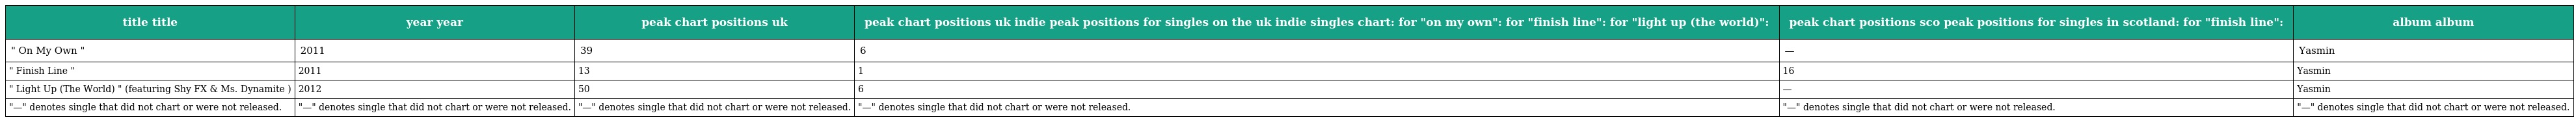
| title title | year year | peak chart positions uk | peak chart positions uk indie peak positions for singles on the uk indie singles chart: for "on my own": for "finish line": for "light up (the world)": | peak chart positions sco peak positions for singles in scotland: for "finish line": | album album |
 | --- | --- | --- | --- | --- | --- |
 | " On My Own " | 2011 | 39 | 6 | — | Yasmin |
 | " Finish Line " | 2011 | 13 | 1 | 16 | Yasmin |
 | " Light Up (The World) " (featuring Shy FX & Ms. Dynamite ) | 2012 | 50 | 6 | — | Yasmin |
 | "—" denotes single that did not chart or were not released. | "—" denotes single that did not chart or were not released. | "—" denotes single that did not chart or were not released. | "—" denotes single that did not chart or were not released. | "—" denotes single that did not chart or were not released. | "—" denotes single that did not chart or were not released. |